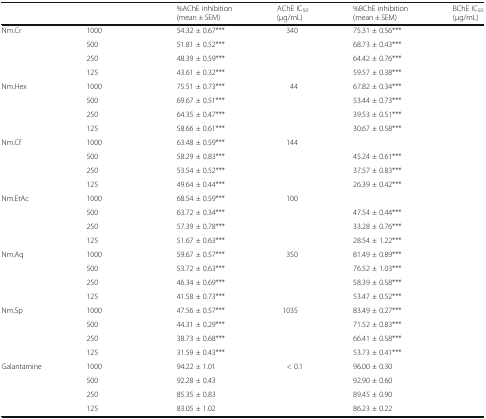
<table><thead><tr><td>[EMPTY_CELL]</td><td>[EMPTY_CELL]</td><td><b>%AChE inhibition (mean ± SEM)</b></td><td><b>AChE IC<sub>50</sub>(μg/mL)</b></td><td><b>%BChE inhibition (mean ± SEM)</b></td><td><b>BChE IC<sub>50</sub>(μg/mL)</b></td></tr></thead><tbody><tr><td rowspan="4">Nm.Cr</td><td>1000</td><td>54.32 ± 0.67***</td><td rowspan="4">340</td><td>75.31 ± 0.56***</td><td rowspan="4">[EMPTY_CELL]</td></tr><tr><td>500</td><td>51.81 ± 0.52***</td><td>68.73 ± 0.43***</td></tr><tr><td>250</td><td>48.39 ± 0.59***</td><td>64.42 ± 0.76***</td></tr><tr><td>125</td><td>43.61 ± 0.32***</td><td>59.57 ± 0.38***</td></tr><tr><td rowspan="4">Nm.Hex</td><td>1000</td><td>75.51 ± 0.73***</td><td rowspan="4">44</td><td>67.82 ± 0.34***</td><td rowspan="4">[EMPTY_CELL]</td></tr><tr><td>500</td><td>69.67 ± 0.51***</td><td>53.44 ± 0.73***</td></tr><tr><td>250</td><td>64.35 ± 0.47***</td><td>39.53 ± 0.51***</td></tr><tr><td>125</td><td>58.66 ± 0.61***</td><td>30.67 ± 0.58***</td></tr><tr><td rowspan="4">Nm.Cf</td><td>1000</td><td>63.48 ± 0.59***</td><td rowspan="4">144</td><td>[EMPTY_CELL]</td><td rowspan="4">[EMPTY_CELL]</td></tr><tr><td>500</td><td>58.29 ± 0.83***</td><td>45.24 ± 0.61***</td></tr><tr><td>250</td><td>53.54 ± 0.52***</td><td>37.57 ± 0.83***</td></tr><tr><td>125</td><td>49.64 ± 0.44***</td><td>26.39 ± 0.42***</td></tr><tr><td rowspan="4">Nm.EtAc</td><td>1000</td><td>68.54 ± 0.59***</td><td rowspan="4">100</td><td>[EMPTY_CELL]</td><td rowspan="4">[EMPTY_CELL]</td></tr><tr><td>500</td><td>63.72 ± 0.34***</td><td>47.54 ± 0.44***</td></tr><tr><td>250</td><td>57.39 ± 0.78***</td><td>33.28 ± 0.76***</td></tr><tr><td>125</td><td>51.67 ± 0.63***</td><td>28.54 ± 1.22***</td></tr><tr><td rowspan="4">Nm.Aq</td><td>1000</td><td>59.67 ± 0.57***</td><td rowspan="4">350</td><td>81.49 ± 0.89***</td><td rowspan="4">[EMPTY_CELL]</td></tr><tr><td>500</td><td>53.72 ± 0.63***</td><td>76.52 ± 1.03***</td></tr><tr><td>250</td><td>46.34 ± 0.69***</td><td>58.39 ± 0.58***</td></tr><tr><td>125</td><td>41.58 ± 0.73***</td><td>53.47 ± 0.52***</td></tr><tr><td rowspan="4">Nm.Sp</td><td>1000</td><td>47.56 ± 0.57***</td><td rowspan="4">1035</td><td>83.49 ± 0.27***</td><td rowspan="4">[EMPTY_CELL]</td></tr><tr><td>500</td><td>44.31 ± 0.29***</td><td>71.52 ± 0.83***</td></tr><tr><td>250</td><td>38.73 ± 0.68***</td><td>66.41 ± 0.58***</td></tr><tr><td>125</td><td>31.59 ± 0.43***</td><td>53.73 ± 0.41***</td></tr><tr><td rowspan="4">Galantamine</td><td>1000</td><td>94.22 ± 1.01</td><td rowspan="4">&lt; 0.1</td><td>96.00 ± 0.30</td><td rowspan="4">[EMPTY_CELL]</td></tr><tr><td>500</td><td>92.28 ± 0.43</td><td>92.90 ± 0.60</td></tr><tr><td>250</td><td>85.35 ± 0.83</td><td>89.45 ± 0.90</td></tr><tr><td>125</td><td>83.05 ± 1.02</td><td>86.23 ± 0.22</td></tr></tbody></table>